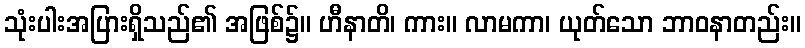
သုံးပါးအပြားရှိသည်၏ အဖြစ်၌။ ဟီနာတိ၊ ကား။ လာမကာ၊ ယုတ်သော ဘာဝနာတည်း။